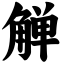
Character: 觯